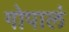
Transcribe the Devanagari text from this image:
गोपालं